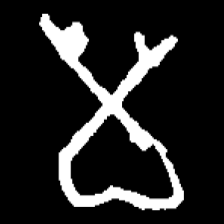
Pyu character \u2014 Myanmar letter: မ (romanized: ma)